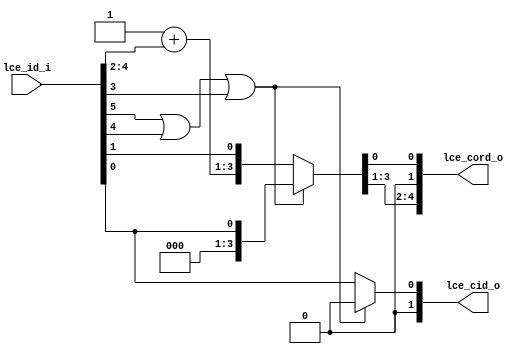
// This program was cloned from: https://github.com/NYU-MLDA/OpenABC
// License: BSD 3-Clause "New" or "Revised" License

module bp_me_lce_id_to_cord_05
(
  lce_id_i,
  lce_cord_o,
  lce_cid_o
);

  input [5:0] lce_id_i;
  output [4:0] lce_cord_o;
  output [1:0] lce_cid_o;
  wire [4:0] lce_cord_o;
  wire [1:0] lce_cid_o;
  wire N0,N1,N2,N3,N4,N5,N6,N7;
  assign lce_cord_o[1] = 1'b0;
  assign lce_cid_o[1] = 1'b0;
  assign { N5, N4, N3 } = 1'b1 + lce_id_i[4:2];
  assign { lce_cord_o[4:2], lce_cord_o[0:0] } = (N0)? { N5, N4, N3, lce_id_i[1:1] } : 
                                                (N1)? { 1'b0, 1'b0, 1'b0, lce_id_i[0:0] } : 1'b0;
  assign N0 = N2;
  assign N1 = N7;
  assign lce_cid_o[0] = (N0)? lce_id_i[0] : 
                        (N1)? 1'b0 : 1'b0;
  assign N2 = ~N7;
  assign N7 = N6 | lce_id_i[3];
  assign N6 = lce_id_i[5] | lce_id_i[4];

endmodule